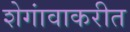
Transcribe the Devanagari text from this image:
शेगांवाकरीत